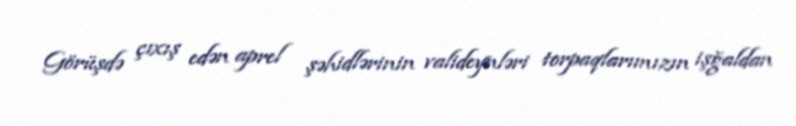
Görüşdə çıxış edən aprel şəhidlərinin valideynləri torpaqlarımızın işğaldan